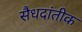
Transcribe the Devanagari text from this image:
सैधदांतीक